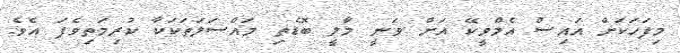
މިފަހަކަށް އައިސް އެމްވީކޭ އަށް ވަނީ މާލީ ބޮޑެތި މައްސަލަތަކަކާ ކުރިމަތިވެފަ އެވެ.